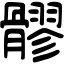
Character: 髎